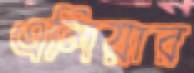
এলিয়ার